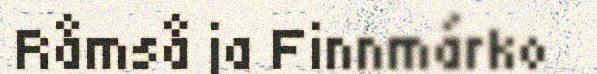
Råmså ja Finnmárko